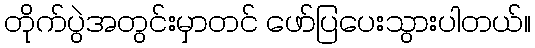
တိုက်ပွဲအတွင်းမှာတင် ဖော်ပြပေးသွားပါတယ်။